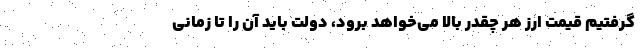
گرفتیم قیمت ارز هر چقدر بالا می‌خواهد برود، دولت باید آن را تا زمانی